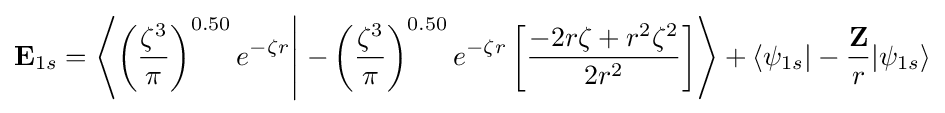
\mathbf {E} _{1s}=\left\langle \left({\frac {\zeta ^{3}}{\pi }}\right)^{0.50}e^{-\zeta r}\right|\left.-\left({\frac {\zeta ^{3}}{\pi }}\right)^{0.50}e^{-\zeta r}\left[{\frac {-2r\zeta +r^{2}\zeta ^{2}}{2r^{2}}}\right]\right\rangle +\langle \psi _{1s}|-{\frac {\mathbf {Z} }{r}}|\psi _{1s}\rangle